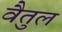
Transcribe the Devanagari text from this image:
वैतुल